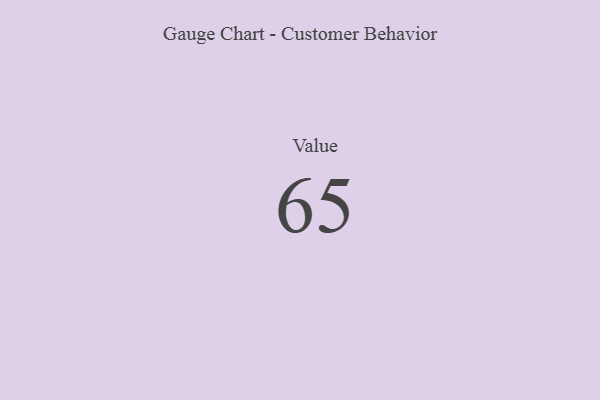
{"axis": {"x": "Metric", "y": "Value"}, "legend": [""], "data": [{"x": "Value", "y": 65, "type": ""}]}